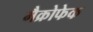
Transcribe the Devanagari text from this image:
मैक्रोफेक